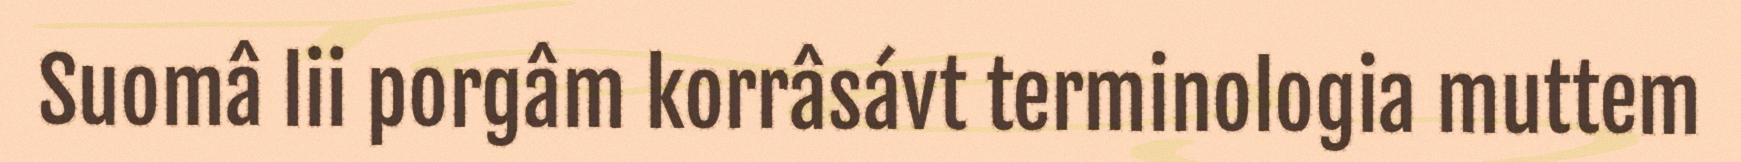
Suomâ lii porgâm korrâsávt terminologia muttem